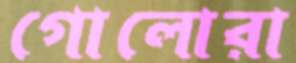
গোলোরা